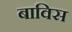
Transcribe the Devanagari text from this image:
बाविस